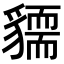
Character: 𧴓